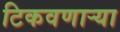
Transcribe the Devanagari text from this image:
टिकवणाऱ्या